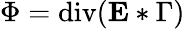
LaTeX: \Phi=\operatorname{div}(\mathbf{E}*\Gamma)